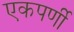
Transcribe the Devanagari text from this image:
एकपर्णी